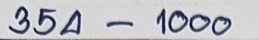
345 - 1000